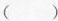
()